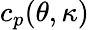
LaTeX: c_{p}(\theta,\kappa)